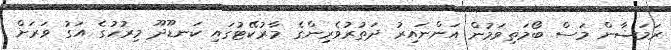
ރަމަޟާން މަސް ބޯމަތިވަމުން އަންނައިރު ދަތުރުވެރިންގެ މާރުކޭޓުގައި ކަނޑޫދޫ މިރުހުގެ އަގު ވަރަށް